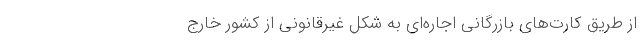
از طریق کارت‌های بازرگانی اجاره‌ای به شکل غیرقانونی از کشور خارج